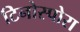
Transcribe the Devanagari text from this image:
टिनोस्पोरा